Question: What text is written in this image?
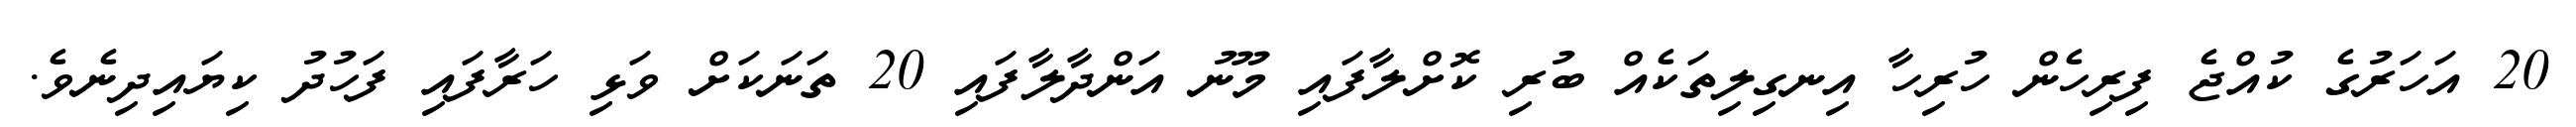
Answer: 20 އަހަރުގެ ކުއްޖެ ފިރިހެން ހުރިހާ އިނގިލިތަކެއް ބުރި ކޮށްލާފައި މޫނު އަންދާލާފައި 20 ތަނަކަށް ވަޅި ހަރާފައި ފަހުދު ކިޔައިދިނެވެ.